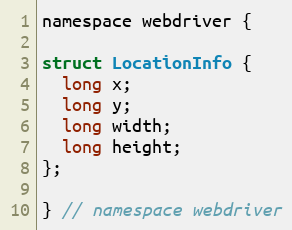
Language: C
namespace webdriver {

struct LocationInfo {
  long x;
  long y;
  long width;
  long height;
};

} // namespace webdriver